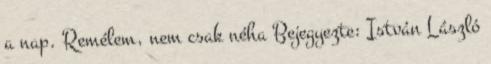
a nap. Remélem, nem csak néha Bejegyezte: István László